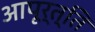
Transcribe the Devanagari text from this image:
आपूर्त्ति